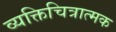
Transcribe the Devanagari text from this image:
व्यक्तिचित्रात्मक